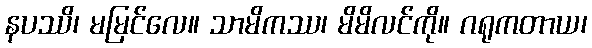
နပဿိ၊ မမြင်လေ။ သာမိကဿ၊ မိမိလင်ကို။ ဂရုကတာယ၊